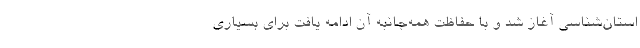
استان‌شناسی آغاز شد و با حفاظت همه‌جانبه آن ادامه یافت برای بسیاری